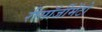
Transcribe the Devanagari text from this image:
रीसॉर्जीमेंटो